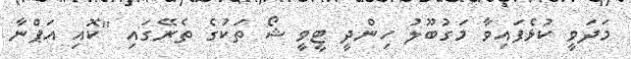
މަދަވީ ކުޅެފައިވާ މަގުބޫލު ހިންދީ ޓީވީ ޝޯ ތަކުގެ ތެރޭގައި ''ކޮއި އަޕްނާ